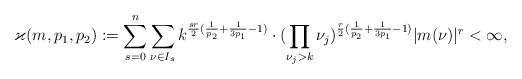
LaTeX: \begin{align*}\varkappa(m,p_1,p_2):=\sum_{s=0}^n\sum_{\nu\in I_s} k^{\frac{sr}{2}(\frac{1}{p_2}+\frac{1}{3p_1}-1)}\cdot (\prod_{\nu_j>k} \nu_j)^{\frac{r}{2}(\frac{1}{p_2}+\frac{1}{3p_1}-1)}|m(\nu)|^r<\infty,\end{align*}